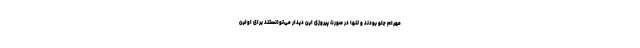
مهرام جلو بودند و تنها در صورت پیروزی این دیدار می‌توانستند برای اولین